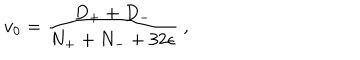
v _ { { 0 } } = \frac { D _ { + } + D _ { - } } { N _ { + } + N _ { - } + 3 2 \epsilon } \ ,